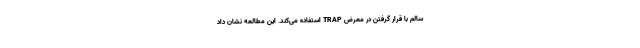
سالم با قرار گرفتن در معرض TRAP استفاده می‌کند. این مطالعه نشان داد